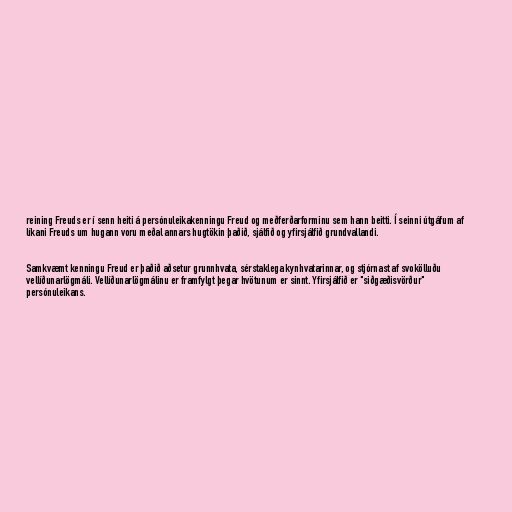
reining Freuds er í senn heiti á persónuleikakenningu Freud og meðferðarforminu sem hann beitti. Í seinni útgáfum af
líkani Freuds um hugann voru meðal annars hugtökin þaðið, sjálfið og yfirsjálfið grundvallandi.

Samkvæmt kenningu Freud er þaðið aðsetur grunnhvata, sérstaklega kynhvatarinnar, og stjórnast af svokölluðu
vellíðunarlögmáli. Vellíðunarlögmálinu er framfylgt þegar hvötunum er sinnt. Yfirsjálfið er "siðgæðisvörður"
persónuleikans.